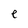
Character: e